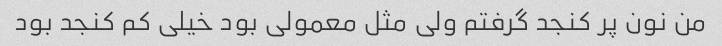
من نون پر کنجد گرفتم ولی مثل معمولی بود خیلی کم کنجد بود